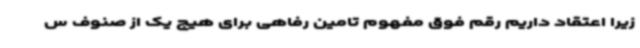
زیرا اعتقاد داریم رقم فوق مفهوم تامین رفاهی برای هیچ یک از صنوف س